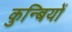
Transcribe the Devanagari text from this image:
कुन्बियों